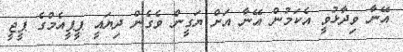
އޭނާ ވިދާޅުވީ އެކަމުން އޭނާ އަށް ޔަގީން ވެގެން ދިޔައީ ޕީޕީއެމްގެ ޕީޖީ